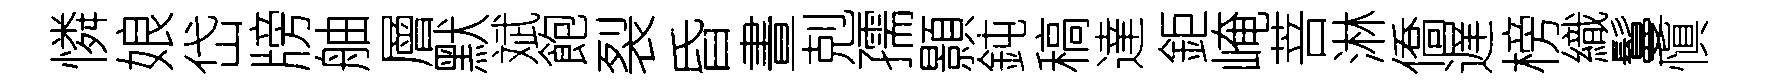
憐娘岱牓舳層默斌飽裂昏晝剋孺顥鈍稿達鉅崦菩淋僑遅榜織鬘愼